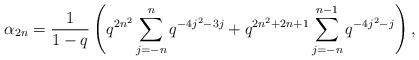
LaTeX: \begin{align*} \alpha_{2n} = \frac{1}{1-q}\left(q^{2n^2}\sum_{j=-n}^{n}q^{-4j^2-3j} + q^{2n^2+2n+1}\sum_{j=-n}^{n-1}q^{-4j^2-j}\right), \end{align*}